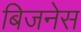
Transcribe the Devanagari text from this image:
बिजनेस